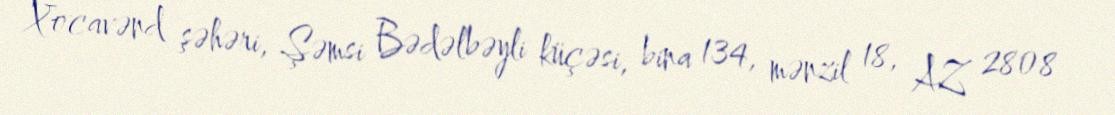
Xocavənd şəhəri, Şəmsi Bədəlbəyli küçəsi, bina 134, mənzil 18, AZ 2808